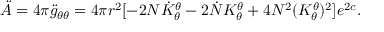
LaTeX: \ddot { A } = 4 \pi \ddot { g } _ { \theta \theta } = 4 \pi r ^ { 2 } [ - 2 N \dot { K } _ { \theta } ^ { \theta } - 2 \dot { N } { K } _ { \theta } ^ { \theta } + 4 N ^ { 2 } ( { K } _ { \theta } ^ { \theta } ) ^ { 2 } ] e ^ { 2 c } .